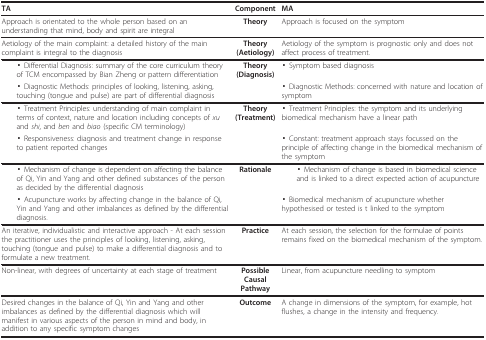
<table><thead><tr><td><b>TA</b></td><td><b>Component</b></td><td><b>MA</b></td></tr></thead><tbody><tr><td>Approach is orientated to the whole person based on an understanding that mind, body and spirit are integral</td><td><b>Theory</b></td><td>Approach is focused on the symptom</td></tr><tr><td>Aetiology of the main complaint: a detailed history of the main complaint is integral to the diagnosis</td><td><b>Theory (Aetiology)</b></td><td>Aetiology of the symptom is prognostic only and does not affect process of treatment.</td></tr><tr><td> ▪ Differential Diagnosis: summary of the core curriculum theory of TCM encompassed by Bian Zheng or pattern differentiation</td><td><b>Theory (Diagnosis)</b></td><td>▪ Symptom based diagnosis</td></tr><tr><td> ▪ Diagnostic Methods: principles of looking, listening, asking, touching (tongue and pulse) are part of differential diagnosis</td><td></td><td>▪ Diagnostic Methods: concerned with nature and location of symptom</td></tr><tr><td> ▪ Treatment Principles: understanding of main complaint in terms of context, nature and location including concepts of <i>xu </i>and <i>shi</i>, and <i>ben </i>and <i>biao </i>(specific CM terminology)</td><td><b>Theory (Treatment)</b></td><td>▪ Treatment Principles: the symptom and its underlying biomedical mechanism have a linear path</td></tr><tr><td> ▪ Responsiveness: diagnosis and treatment change in response to patient reported changes</td><td></td><td>▪ Constant: treatment approach stays focussed on the principle of affecting change in the biomedical mechanism of the symptom</td></tr><tr><td> ▪ Mechanism of change is dependent on affecting the balance of Qi, Yin and Yang and other defined substances of the person as decided by the differential diagnosis</td><td><b>Rationale</b></td><td> ▪ Mechanism of change is based in biomedical science and is linked to a direct expected action of acupuncture</td></tr><tr><td> ▪ Acupuncture works by affecting change in the balance of Qi, Yin and Yang and other imbalances as defined by the differential diagnosis.</td><td></td><td>▪ Biomedical mechanism of acupuncture whether hypothesised or tested is t linked to the symptom</td></tr><tr><td>An iterative, individualistic and interactive approach - At each session the practitioner uses the principles of looking, listening, asking, touching (tongue and pulse) to make a differential diagnosis and to formulate a new treatment.</td><td><b>Practice</b></td><td>At each session, the selection for the formulae of points remains fixed on the biomedical mechanism of the symptom.</td></tr><tr><td>Non-linear, with degrees of uncertainty at each stage of treatment</td><td><b>Possible Causal Pathway</b></td><td>Linear, from acupuncture needling to symptom</td></tr><tr><td>Desired changes in the balance of Qi, Yin and Yang and other imbalances as defined by the differential diagnosis which will manifest in various aspects of the person in mind and body, in addition to any specific symptom changes</td><td><b>Outcome</b></td><td>A change in dimensions of the symptom, for example, hot flushes, a change in the intensity and frequency.</td></tr></tbody></table>